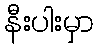
နီးပါးမှာ